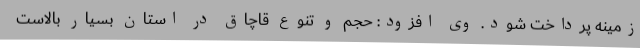
زمینه پرداخت شود. وی افزود: حجم و تنوع قاچاق در استان بسیار بالاست